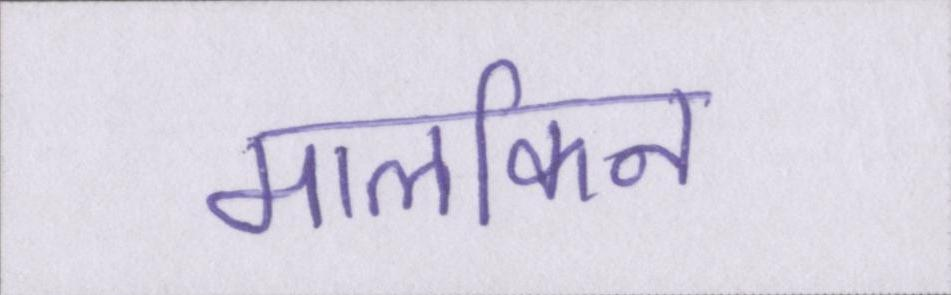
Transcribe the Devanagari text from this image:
मालकिन